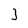
Character: 3